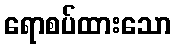
ရောစပ်ထားသော